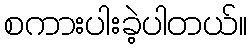
စကားပါးခဲ့ပါတယ်။